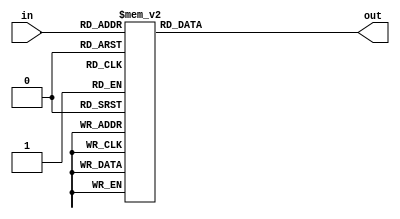
`timescale 1ns / 1ps
//////////////////////////////////////////////////////////////////////////////////
// Company:
// Engineer:
//
// Design Name:
// Module Name: decoder_3cyclic_7b
// Project Name:
// Target Devices:
// Tool Versions:
// Description:
//
// Dependencies:
//
// Revision:
// Revision 0.01 - File Created
// Additional Comments:
//
//////////////////////////////////////////////////////////////////////////////////


module decoder_3cyclic_7b(input [3:0] in,
                          output reg [6:0] out);
always @(*) begin
    case(in)
        4'd12:out    <= ~7'b1111011;
        4'd11:out    <= ~7'b1111111;
        4'd10:out    <= ~7'b1110000;
        4'd9:out     <= ~7'b1011111;
        4'd8:out     <= ~7'b1011011;
        4'd7:out     <= ~7'b0110011;
        4'd6:out     <= ~7'b1111001;
        4'd5:out     <= ~7'b1101101;
        4'd4:out     <= ~7'b0110000;
        4'd3:out     <= ~7'b1111110;
        default: out <= ~7'b0000000;
    endcase
end
endmodule